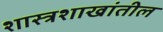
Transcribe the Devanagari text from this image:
शास्त्रशाखांतील